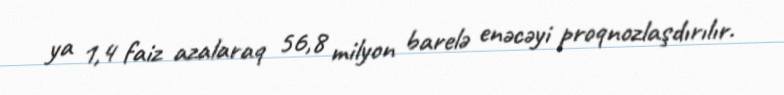
ya 1,4 faiz azalaraq 56,8 milyon barelə enəcəyi proqnozlaşdırılır.